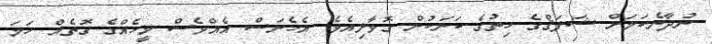
ނުދާނެކަމަށް ޝަފަޤްގެ ހިތުގެ ކަނަކުން ގޮވާލިއެވެ. އެހެނަސް އެއްވެސް މީހެއްގެ ގޮތެއް ހަމަ